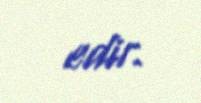
edir.